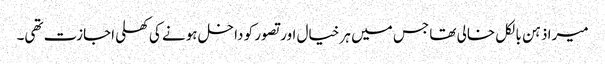
میرا ذہن بالکل خالی تھا جس میں ہر خیال اور تصور کو داخل ہونے کی کھلی اجازت تھی۔